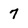
Character: 7